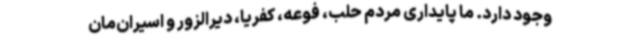
وجود دارد. ما پایداری مردم حلب، فوعه، کفریا، دیرالزور و اسیران‌مان